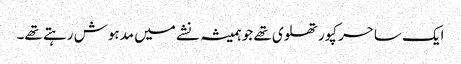
ایک ساحر کپورتھلوی تھے جو ہمیشہ نشے میں مدہوش رہتے تھے۔